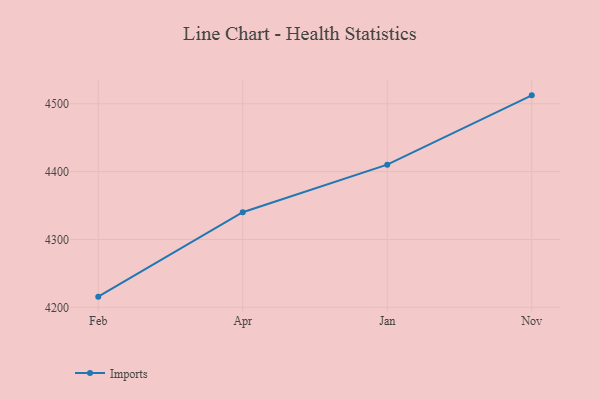
{"axis": {"x": "Month", "y": "Inventory Turnover"}, "legend": ["Imports"], "data": [{"x": "Feb", "y": 4215.7, "type": "Imports"}, {"x": "Apr", "y": 4340.1, "type": "Imports"}, {"x": "Jan", "y": 4410.2, "type": "Imports"}, {"x": "Nov", "y": 4512.4, "type": "Imports"}]}